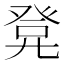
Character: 𭀭